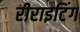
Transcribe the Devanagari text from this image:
रीराइटिंग